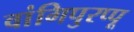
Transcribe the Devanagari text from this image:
वांगिपुरप्पू